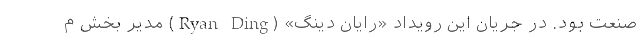
صنعت بود. در جریان این رویداد «رایان دینگ» (Ryan Ding) مدیر بخش م